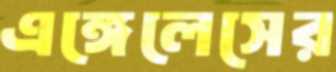
এঙ্গেলেসের